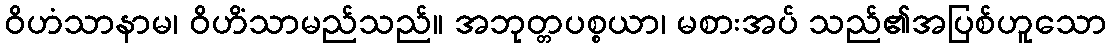
ဝိဟံသာနာမ၊ ဝိဟိံသာမည်သည်။ အဘုတ္တပစ္စယာ၊ မစားအပ် သည်၏အပြစ်ဟူသော